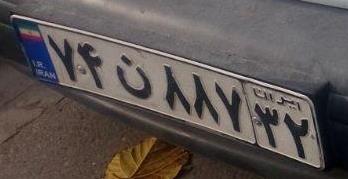
۷۴ن۸۸۷۳۲